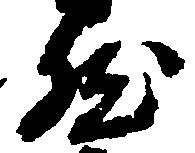
然